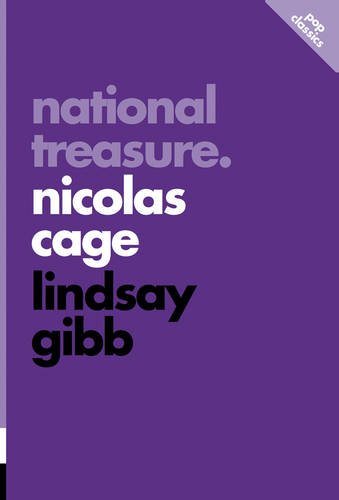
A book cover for National Treasure: Nicolas Cage (Pop Classics); Lindsay Gibb; Humor & Entertainment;